Annual report of the Punjab Veterinary College and of the Civil Veterinary Department, Punjab - 1920-1925
Year: 1920
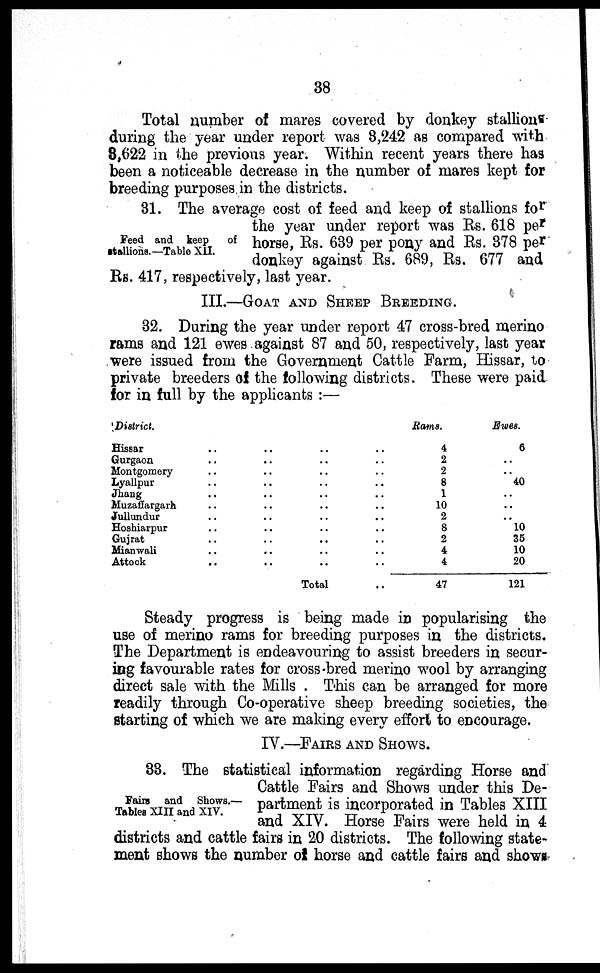
38
Total number of mares covered by donkey stallions
during the year under report was 3,242 as compared with
3,622 in the previous year. Within recent years there has
been a noticeable decrease in the number of mares kept for
breeding purposes in the districts.
Feed and keep of
stallions. —Table XII.
31. The average cost of feed and keep of stallions for
the year under report was Rs. 618 per
horse, Rs. 639 per pony and Rs. 378 per
donkey against Rs. 689, Rs. 677 and
Rs. 417, respectively, last year.
III.—GOAT AND SHEEP BREEDING.
32. During the year under report 47 cross-bred merino
rams and 121 ewes against 87 and 50, respectively, last year
were issued from the Government Cattle Farm, Hissar, to
private breeders of the following districts. These were paid
for in full by the applicants :—
District.
Hissar ..
Gurgaon ..
Mont gomery ..
Lyallpur ..
Jhang ..
Muzaffargarh ..
Jullundur .
Hoshiarpur ..
Gujrat ..
Mi anwal i ..
Attock ..
..
..
..
..
..
.. ..
..
..
..
..
..
..
..
..
..
..
..
..
..
..
Total
..
..
..
..
..
..
..
..
..
..
..
..
Rams.
4
2
2
8
1
10
2
8
2
4
4
47
Ewes.
6
..
..
40
.. ..
..
10
35
10
20
121
Steady progress is being made in popularising the
use of merino rams for breeding purposes in the districts.
The Department is endeavouring to assist breeders in secur-
ing favourable rates for cross-bred merino wool by arranging
direct sale with the Mills . This can be arranged for more
readily through Co-operative sheep breeding societies, the
starting of which we are making every effort to encourage.
IV.—FAIRS AND SHOWS.
Fairs and Shows. —
Tables XIII and XIV.
33. The statistical information regarding Horse and
Cattle Fairs and Shows under this De-
partment is incorporated in Tables XIII
and XIV. Horse Fairs were held in 4
districts and cattle fairs in 20 districts. The following state-
ment shows the number of horse and cattle fairs and shows